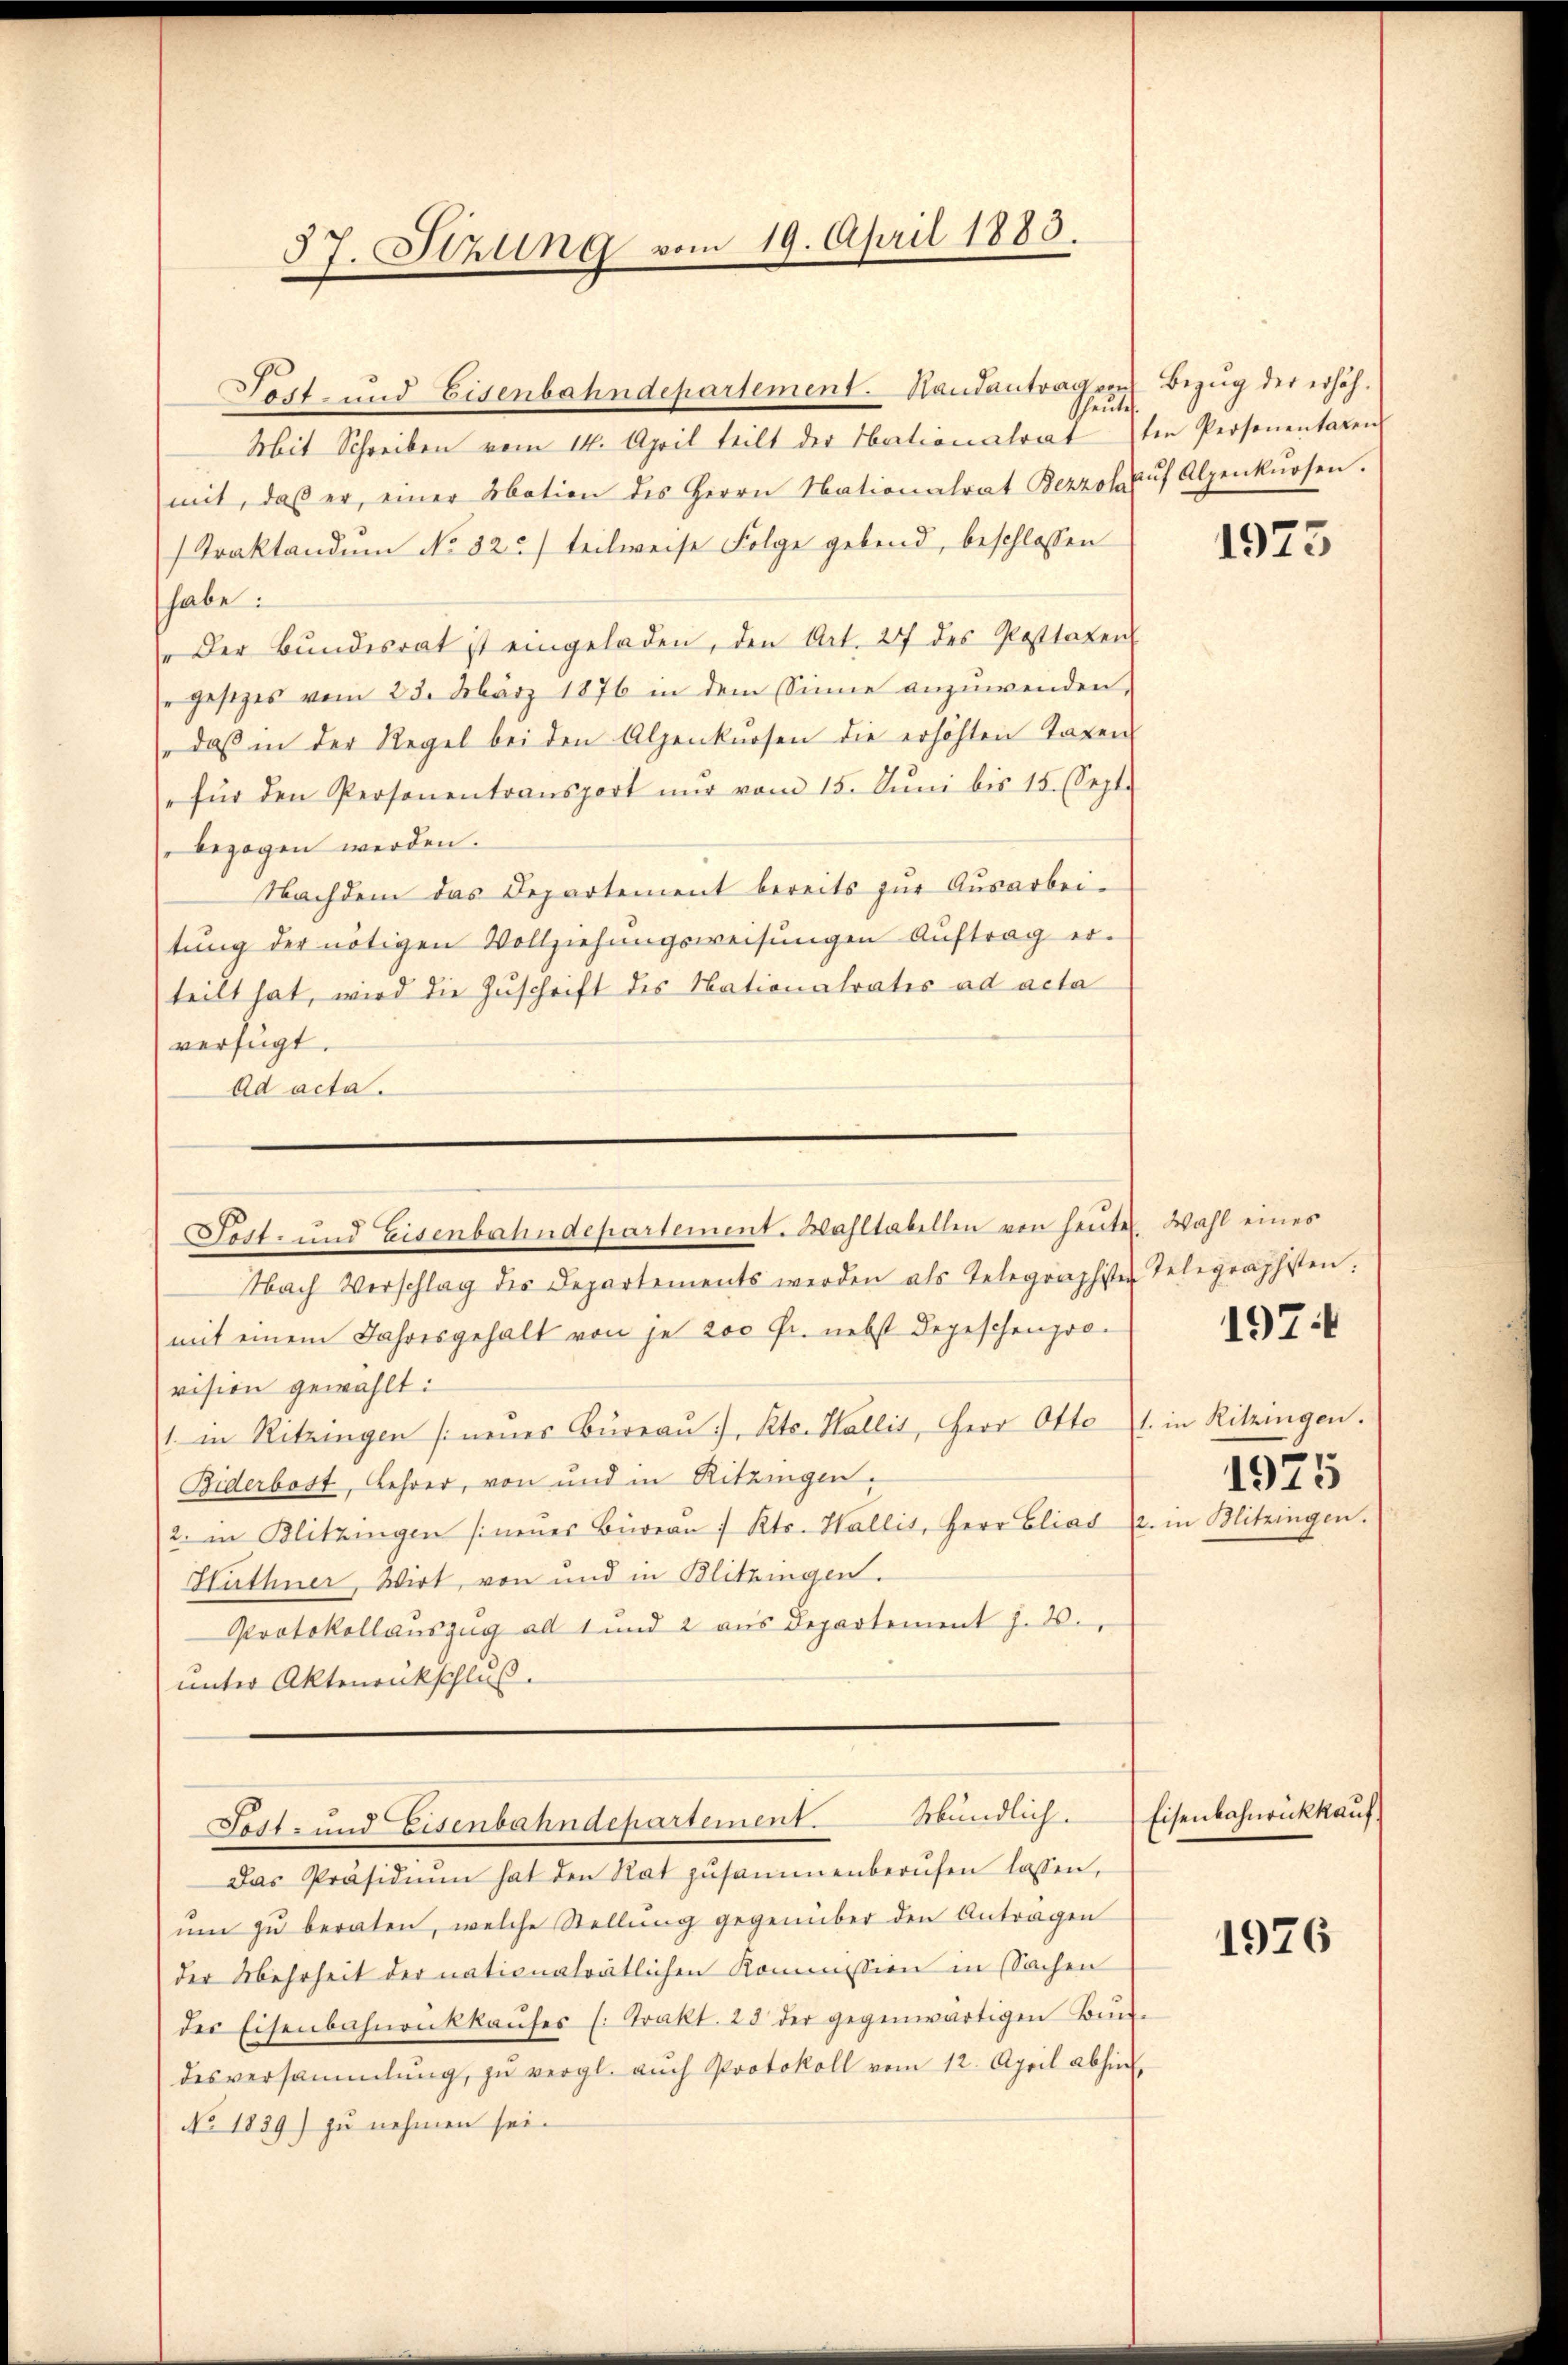
57. Sizung vom 19. April 1883.

heute
Mit Schreiben vom 14. April teilt der Nationalrat ten Personentaten
mit, daβ er, einer Abation des Herrn Nationalrat Bezzo aŭf Alpenkursen.
Traktandum No 32) teilweise Folge gebend, beschlossen
habe:
"Der Bundesrat ist eingeladen, den Art. 27 des Posttaten
" gesezes vom 23. März 1876 in dem Sinne anzuwenden.
daβ in der Regel bei den Alpenkursen die erhöhten Tagen
" für den Personentransport nŭr vom 15. Jŭni bis 15. (Sept.
bezogen werden.
Nachdem das Departement bereits zŭr Aŭsarbei-
tŭng der nötigen Vollziehungsweisŭngen Aŭftrag er-
teilt hat, wird die Zuschrift des Nationalratis ad acta
verfügt:
Ad acta.

Sost- und Eisenbahndepartement. Handantrag von Bezug der erhöh¬

Sett- und Eisenbahndepartement. Wahltabellen von heuten Wahl eines

Nach Verschlag des Departements werden als Telegraphister Telegraphisten:
mit einem Jahresgehalt von je 200 fr. nebst Depeschenpro-
vision gewählt:
1. in Ritzingen neues Büreau, St. Wallis, Herr Otte
Biderbost, Lehrer, von und in Ritzingen,
2. in Blitzingen sineŭer Büreau / Kts. Wallis, Herr Eliad 2.
Häthner, Wirt, von und in Blitzingen.
Protokollauszug ad 1 und 2 aus Departement J. 2.
unter Aktenrückschluß.

ŭm zŭ beraten, welche Stellung gegenüber den Antragen
der Mehrheit der nationalrätlichen Kommission in Sachen
der Eisenbahnrückkaufes (: Trakt. 28 der gegenwärtigen Bun-
desversammlung zŭ vergl. auch Protokoll vom 12. April abhin
No. 1839) zu nehmen sei.

Sost- und Eisenbahndepartement. Mündlich.
Das Präsidiŭm hat den Rat zusammenberufen lassen,

1975

1974

1. in Ritzingen.
1925
in Blitzingen.

Eisenbahnrückkauf

1976